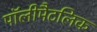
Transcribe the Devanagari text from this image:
पॉलीमैटलिक